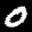
Label: 0